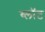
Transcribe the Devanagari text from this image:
ब्‍लॉट